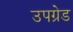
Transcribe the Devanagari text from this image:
उपग्रेड